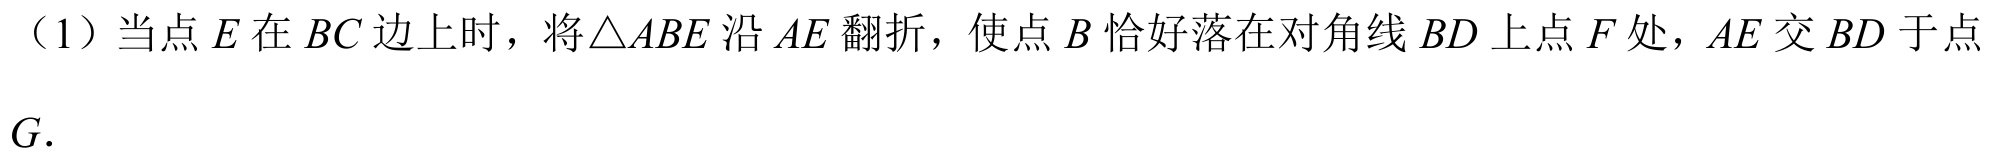
（1）当点\(E\)在\(BC\)边上时，将\(\triangle ABE\)沿\(AE\)翻折，使点\(B\)恰好落在对角线\(BD\)上点\(F\)处，\(AE\)交\(BD\)于点\(G\).